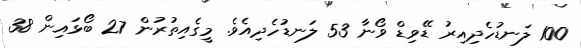
100 ލަނޑުހެދިއިރު ޑޭވިޑް ވޯނާ 53 ލަނޑުހެދިއެވެ. މީގެއިތުރުން 27 ބޯޅައިން 38